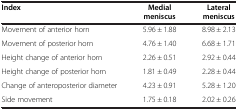
<table><thead><tr><td><b>Index</b></td><td><b>Medial meniscus</b></td><td><b>Lateral meniscus</b></td></tr></thead><tbody><tr><td>Movement of anterior horn</td><td>5.96 ± 1.88</td><td>8.98 ± 2.13</td></tr><tr><td>Movement of posterior horn</td><td>4.76 ± 1.40</td><td>6.68 ± 1.71</td></tr><tr><td>Height change of anterior horn</td><td>2.26 ± 0.51</td><td>2.92 ± 0.44</td></tr><tr><td>Height change of posterior horn</td><td>1.81 ± 0.49</td><td>2.28 ± 0.44</td></tr><tr><td>Change of anteroposterior diameter</td><td>4.23 ± 0.91</td><td>5.28 ± 1.20</td></tr><tr><td>Side movement</td><td>1.75 ± 0.18</td><td>2.02 ± 0.26</td></tr></tbody></table>